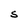
Character: S